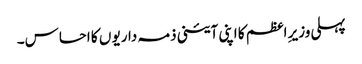
پہلی وزیرِ اعظم کا اپنی آئینی ذمہ داریو ں کا احساس۔